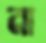
না